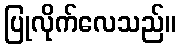
ပြုလိုက်လေသည်။